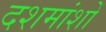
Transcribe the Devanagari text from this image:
दशमांशों